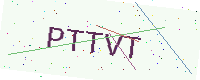
Text: PTTVT